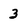
Character: 3